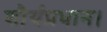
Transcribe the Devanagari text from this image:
शौर्यप्रधान।